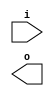
module buffer( i , o );
  input i ;
  output o ;
endmodule
module inverter( i , o );
  input i ;
  output o ;
endmodule
module top( x0 , x1 , x2 , x3 , x4 , x5 , y0 , y1 , y2 , y3 , y4 , y5 , y6 , y7 , y8 , y9 , y10 , y11 );
  input x0 , x1 , x2 , x3 , x4 , x5 ;
  output y0 , y1 , y2 , y3 , y4 , y5 , y6 , y7 , y8 , y9 , y10 , y11 ;
  wire n7 , n8 , n9 , n10 , n11 , n12 , n13 , n14 , n15 , n16 , n17 , n18 , n19 , n20 , n21 , n22 , n23 , n24 , n25 , n26 , n27 , n28 , n29 , n30 , n31 , n32 , n33 , n34 , n35 , n36 , n37 , n38 , n39 , n40 , n41 , n42 , n43 , n44 , n45 , n46 , n47 , n48 , n49 , n50 , n51 , n52 , n53 , n54 , n55 , n56 , n57 , n58 , n59 , n60 , n61 , n62 , n63 , n64 , n65 , n66 , n67 , n68 , n69 , n70 , n71 , n72 , n73 , n74 , n75 , n76 , n77 , n78 , n79 , n80 , n81 , n82 , n83 , n84 , n85 , n86 , n87 , n88 , n89 , n90 , n91 , n92 , n93 , n94 , n95 , n96 , n97 , n98 , n99 , n100 , n101 , n102 , n103 , n104 , n105 , n106 , n107 , n108 , n109 , n110 , n111 , n112 , n113 , n114 , n115 , n116 , n117 , n118 , n119 , n120 , n121 , n122 , n123 , n124 , n125 , n126 , n127 , n128 , n129 , n130 , n131 , n132 , n133 , n134 , n135 , n136 , n137 , n138 , n139 , n140 , n141 , n142 , n143 , n144 , n145 , n146 , n147 , n148 , n149 , n150 , n151 , n152 , n153 , n154 , n155 , n156 , n157 , n158 , n159 , n160 , n161 , n162 , n163 , n164 , n165 , n166 , n167 , n168 , n169 , n170 , n171 , n172 , n173 , n174 , n175 , n176 , n177 , n178 , n179 , n180 , n181 , n182 , n183 , n184 , n185 , n186 , n187 , n188 , n189 , n190 , n191 , n192 , n193 , n194 , n195 , n196 , n197 , n198 , n199 , n200 , n201 , n202 , n203 , n204 , n205 , n206 , n207 , n208 , n209 , n210 , n211 , n212 , n213 , n214 , n215 , n216 , n217 , n218 , n219 , n220 , n221 , n222 , n223 , n224 , n225 , n226 , n227 , n228 , n229 , n230 , n231 , n232 , n233 , n234 , n235 , n236 , n237 , n238 , n239 , n240 , n241 , n242 , n243 , n244 , n245 , n246 , n247 , n248 , n249 , n250 , n251 , n252 , n253 , n254 , n255 , n256 , n257 , n258 , n259 , n260 , n261 , n262 , n263 , n264 , n265 , n266 , n267 , n268 , n269 , n270 , n271 , n272 , n273 , n274 , n275 , n276 , n277 , n278 , n279 , n280 , n281 , n282 , n283 , n284 , n285 , n286 , n287 , n288 , n289 , n290 , n291 , n292 , n293 , n294 , n295 , n296 , n297 , n298 , n299 , n300 , n301 , n302 , n303 , n304 , n305 , n306 , n307 , n308 , n309 , n310 , n311 , n312 , n313 , n314 , n315 , n316 , n317 , n318 , n319 , n320 , n321 , n322 , n323 , n324 , n325 , n326 , n327 , n328 , n329 , n330 , n331 , n332 , n333 , n334 , n335 , n336 , n337 , n338 , n339 , n340 , n341 , n342 , n343 , n344 , n345 , n346 , n347 , n348 , n349 , n350 , n351 , n352 , n353 , n354 , n355 , n356 , n357 , n358 , n359 , n360 , n361 , n362 ;
  buffer buf_n7( .i (x0), .o (n7) );
  buffer buf_n8( .i (n7), .o (n8) );
  buffer buf_n9( .i (n8), .o (n9) );
  buffer buf_n10( .i (n9), .o (n10) );
  buffer buf_n11( .i (n10), .o (n11) );
  buffer buf_n12( .i (n11), .o (n12) );
  buffer buf_n13( .i (n12), .o (n13) );
  buffer buf_n14( .i (n13), .o (n14) );
  buffer buf_n15( .i (n14), .o (n15) );
  buffer buf_n16( .i (n15), .o (n16) );
  buffer buf_n17( .i (n16), .o (n17) );
  buffer buf_n18( .i (n17), .o (n18) );
  buffer buf_n19( .i (n18), .o (n19) );
  buffer buf_n20( .i (n19), .o (n20) );
  buffer buf_n21( .i (n20), .o (n21) );
  buffer buf_n22( .i (n21), .o (n22) );
  buffer buf_n23( .i (n22), .o (n23) );
  buffer buf_n24( .i (n23), .o (n24) );
  buffer buf_n25( .i (x1), .o (n25) );
  buffer buf_n26( .i (n25), .o (n26) );
  buffer buf_n27( .i (n26), .o (n27) );
  buffer buf_n28( .i (n27), .o (n28) );
  buffer buf_n29( .i (n28), .o (n29) );
  buffer buf_n30( .i (n29), .o (n30) );
  buffer buf_n31( .i (n30), .o (n31) );
  buffer buf_n32( .i (n31), .o (n32) );
  buffer buf_n33( .i (n32), .o (n33) );
  buffer buf_n34( .i (n33), .o (n34) );
  buffer buf_n35( .i (n34), .o (n35) );
  buffer buf_n36( .i (n35), .o (n36) );
  buffer buf_n37( .i (n36), .o (n37) );
  buffer buf_n38( .i (n37), .o (n38) );
  buffer buf_n39( .i (n38), .o (n39) );
  buffer buf_n40( .i (n39), .o (n40) );
  buffer buf_n41( .i (n40), .o (n41) );
  buffer buf_n77( .i (x4), .o (n77) );
  buffer buf_n78( .i (n77), .o (n78) );
  buffer buf_n79( .i (n78), .o (n79) );
  buffer buf_n80( .i (n79), .o (n80) );
  buffer buf_n81( .i (n80), .o (n81) );
  buffer buf_n82( .i (n81), .o (n82) );
  buffer buf_n83( .i (n82), .o (n83) );
  buffer buf_n84( .i (n83), .o (n84) );
  buffer buf_n85( .i (n84), .o (n85) );
  buffer buf_n86( .i (n85), .o (n86) );
  buffer buf_n87( .i (n86), .o (n87) );
  buffer buf_n88( .i (n87), .o (n88) );
  buffer buf_n89( .i (n88), .o (n89) );
  buffer buf_n90( .i (n89), .o (n90) );
  buffer buf_n91( .i (n90), .o (n91) );
  buffer buf_n92( .i (n91), .o (n92) );
  buffer buf_n93( .i (n92), .o (n93) );
  buffer buf_n42( .i (x2), .o (n42) );
  buffer buf_n43( .i (n42), .o (n43) );
  buffer buf_n44( .i (n43), .o (n44) );
  buffer buf_n45( .i (n44), .o (n45) );
  buffer buf_n46( .i (n45), .o (n46) );
  buffer buf_n47( .i (n46), .o (n47) );
  buffer buf_n48( .i (n47), .o (n48) );
  buffer buf_n49( .i (n48), .o (n49) );
  buffer buf_n59( .i (x3), .o (n59) );
  buffer buf_n60( .i (n59), .o (n60) );
  buffer buf_n61( .i (n60), .o (n61) );
  buffer buf_n62( .i (n61), .o (n62) );
  buffer buf_n63( .i (n62), .o (n63) );
  buffer buf_n64( .i (n63), .o (n64) );
  buffer buf_n65( .i (n64), .o (n65) );
  buffer buf_n66( .i (n65), .o (n66) );
  assign n113 = ( n32 & n49 ) | ( n32 & n66 ) | ( n49 & n66 ) ;
  buffer buf_n114( .i (n113), .o (n114) );
  buffer buf_n115( .i (n114), .o (n115) );
  buffer buf_n116( .i (n115), .o (n116) );
  buffer buf_n117( .i (n116), .o (n117) );
  buffer buf_n118( .i (n117), .o (n118) );
  buffer buf_n119( .i (n118), .o (n119) );
  buffer buf_n120( .i (n119), .o (n120) );
  assign n121 = n92 & ~n120 ;
  assign n122 = ( n41 & n93 ) | ( n41 & ~n121 ) | ( n93 & ~n121 ) ;
  assign n123 = n24 & n122 ;
  buffer buf_n50( .i (n49), .o (n50) );
  buffer buf_n51( .i (n50), .o (n51) );
  buffer buf_n52( .i (n51), .o (n52) );
  assign n124 = n35 & ~n52 ;
  buffer buf_n125( .i (n124), .o (n125) );
  buffer buf_n126( .i (n125), .o (n126) );
  buffer buf_n127( .i (n126), .o (n127) );
  buffer buf_n128( .i (n127), .o (n128) );
  buffer buf_n129( .i (n128), .o (n129) );
  buffer buf_n53( .i (n52), .o (n53) );
  buffer buf_n54( .i (n53), .o (n54) );
  buffer buf_n55( .i (n54), .o (n55) );
  buffer buf_n67( .i (n66), .o (n67) );
  buffer buf_n68( .i (n67), .o (n68) );
  buffer buf_n69( .i (n68), .o (n69) );
  buffer buf_n70( .i (n69), .o (n70) );
  buffer buf_n71( .i (n70), .o (n71) );
  buffer buf_n72( .i (n71), .o (n72) );
  assign n130 = n71 & ~n89 ;
  assign n131 = ( n55 & ~n72 ) | ( n55 & n130 ) | ( ~n72 & n130 ) ;
  buffer buf_n132( .i (n131), .o (n132) );
  buffer buf_n133( .i (n132), .o (n133) );
  buffer buf_n56( .i (n55), .o (n56) );
  buffer buf_n57( .i (n56), .o (n57) );
  assign n134 = ( ~n40 & n57 ) | ( ~n40 & n132 ) | ( n57 & n132 ) ;
  assign n135 = ( n129 & ~n133 ) | ( n129 & n134 ) | ( ~n133 & n134 ) ;
  assign n136 = n24 & ~n135 ;
  assign n137 = ( n20 & n72 ) | ( n20 & n90 ) | ( n72 & n90 ) ;
  buffer buf_n94( .i (x5), .o (n94) );
  buffer buf_n95( .i (n94), .o (n95) );
  buffer buf_n96( .i (n95), .o (n96) );
  assign n138 = ( n9 & n61 ) | ( n9 & ~n96 ) | ( n61 & ~n96 ) ;
  buffer buf_n139( .i (n138), .o (n139) );
  buffer buf_n140( .i (n139), .o (n140) );
  buffer buf_n141( .i (n140), .o (n141) );
  buffer buf_n142( .i (n141), .o (n142) );
  buffer buf_n143( .i (n142), .o (n143) );
  buffer buf_n144( .i (n143), .o (n144) );
  buffer buf_n145( .i (n144), .o (n145) );
  buffer buf_n146( .i (n145), .o (n146) );
  buffer buf_n147( .i (n146), .o (n147) );
  buffer buf_n148( .i (n147), .o (n148) );
  buffer buf_n149( .i (n148), .o (n149) );
  assign n150 = n137 & ~n149 ;
  buffer buf_n151( .i (n150), .o (n151) );
  buffer buf_n152( .i (n151), .o (n152) );
  assign n153 = n51 & ~n86 ;
  assign n154 = n69 & n153 ;
  buffer buf_n155( .i (n154), .o (n155) );
  buffer buf_n156( .i (n155), .o (n156) );
  assign n157 = n31 | n65 ;
  buffer buf_n158( .i (n157), .o (n158) );
  assign n159 = ( n15 & ~n50 ) | ( n15 & n158 ) | ( ~n50 & n158 ) ;
  assign n160 = ( n15 & n67 ) | ( n15 & ~n158 ) | ( n67 & ~n158 ) ;
  assign n161 = ( n34 & ~n159 ) | ( n34 & n160 ) | ( ~n159 & n160 ) ;
  buffer buf_n162( .i (n161), .o (n162) );
  buffer buf_n163( .i (n162), .o (n163) );
  buffer buf_n164( .i (n163), .o (n164) );
  assign n165 = ( n18 & ~n36 ) | ( n18 & n162 ) | ( ~n36 & n162 ) ;
  assign n166 = n155 & ~n165 ;
  assign n167 = ( n156 & n164 ) | ( n156 & ~n166 ) | ( n164 & ~n166 ) ;
  buffer buf_n168( .i (n167), .o (n168) );
  buffer buf_n169( .i (n168), .o (n169) );
  buffer buf_n170( .i (n169), .o (n170) );
  assign n171 = ( n40 & ~n57 ) | ( n40 & n168 ) | ( ~n57 & n168 ) ;
  assign n172 = n151 & ~n171 ;
  assign n173 = ( n152 & n170 ) | ( n152 & ~n172 ) | ( n170 & ~n172 ) ;
  buffer buf_n97( .i (n96), .o (n97) );
  buffer buf_n98( .i (n97), .o (n98) );
  buffer buf_n99( .i (n98), .o (n99) );
  buffer buf_n100( .i (n99), .o (n100) );
  buffer buf_n101( .i (n100), .o (n101) );
  buffer buf_n102( .i (n101), .o (n102) );
  buffer buf_n103( .i (n102), .o (n103) );
  buffer buf_n104( .i (n103), .o (n104) );
  buffer buf_n105( .i (n104), .o (n105) );
  assign n174 = ( n34 & ~n68 ) | ( n34 & n103 ) | ( ~n68 & n103 ) ;
  buffer buf_n175( .i (n174), .o (n175) );
  assign n176 = ( n53 & ~n105 ) | ( n53 & n175 ) | ( ~n105 & n175 ) ;
  assign n177 = ( n36 & n53 ) | ( n36 & ~n175 ) | ( n53 & ~n175 ) ;
  assign n178 = n176 & ~n177 ;
  assign n179 = n20 & ~n178 ;
  assign n180 = ~n51 & n68 ;
  buffer buf_n181( .i (n180), .o (n181) );
  assign n188 = ~n105 & n181 ;
  assign n189 = n37 & n188 ;
  assign n190 = n20 | n189 ;
  assign n191 = ~n179 & n190 ;
  buffer buf_n192( .i (n191), .o (n192) );
  buffer buf_n193( .i (n192), .o (n193) );
  assign n194 = ~n93 & n192 ;
  assign n195 = ( n15 & ~n50 ) | ( n15 & n67 ) | ( ~n50 & n67 ) ;
  buffer buf_n196( .i (n195), .o (n196) );
  assign n201 = ( ~n17 & n35 ) | ( ~n17 & n196 ) | ( n35 & n196 ) ;
  buffer buf_n202( .i (n201), .o (n202) );
  buffer buf_n203( .i (n202), .o (n203) );
  buffer buf_n204( .i (n203), .o (n204) );
  buffer buf_n205( .i (n204), .o (n205) );
  assign n206 = ( ~n54 & n71 ) | ( ~n54 & n202 ) | ( n71 & n202 ) ;
  buffer buf_n207( .i (n206), .o (n207) );
  buffer buf_n208( .i (n207), .o (n208) );
  buffer buf_n197( .i (n196), .o (n197) );
  buffer buf_n198( .i (n197), .o (n198) );
  buffer buf_n199( .i (n198), .o (n199) );
  buffer buf_n200( .i (n199), .o (n200) );
  assign n209 = ~n200 & n207 ;
  assign n210 = ( ~n205 & n208 ) | ( ~n205 & n209 ) | ( n208 & n209 ) ;
  assign n211 = ( n33 & ~n50 ) | ( n33 & n67 ) | ( ~n50 & n67 ) ;
  buffer buf_n212( .i (n211), .o (n212) );
  assign n215 = n34 & n86 ;
  assign n216 = ( n69 & ~n212 ) | ( n69 & n215 ) | ( ~n212 & n215 ) ;
  buffer buf_n217( .i (n216), .o (n217) );
  buffer buf_n218( .i (n217), .o (n218) );
  buffer buf_n213( .i (n212), .o (n213) );
  buffer buf_n214( .i (n213), .o (n214) );
  assign n219 = ( ~n89 & n214 ) | ( ~n89 & n217 ) | ( n214 & n217 ) ;
  assign n220 = ( ~n72 & n218 ) | ( ~n72 & n219 ) | ( n218 & n219 ) ;
  assign n221 = n21 & ~n220 ;
  buffer buf_n182( .i (n181), .o (n182) );
  assign n222 = ~n89 & n182 ;
  assign n223 = n38 & n222 ;
  assign n224 = n21 | n223 ;
  assign n225 = ~n221 & n224 ;
  assign n226 = n210 | n225 ;
  assign n227 = ( n193 & ~n194 ) | ( n193 & n226 ) | ( ~n194 & n226 ) ;
  buffer buf_n228( .i (n49), .o (n228) );
  assign n229 = ( n33 & ~n102 ) | ( n33 & n228 ) | ( ~n102 & n228 ) ;
  assign n230 = n114 | n229 ;
  buffer buf_n231( .i (n230), .o (n231) );
  buffer buf_n232( .i (n231), .o (n232) );
  assign n233 = n105 & n231 ;
  assign n234 = ( ~n117 & n232 ) | ( ~n117 & n233 ) | ( n232 & n233 ) ;
  assign n235 = n90 & ~n234 ;
  assign n236 = ~n69 & n104 ;
  buffer buf_n237( .i (n104), .o (n237) );
  assign n238 = ( n36 & n236 ) | ( n36 & n237 ) | ( n236 & n237 ) ;
  assign n239 = n54 & n238 ;
  assign n240 = n90 | n239 ;
  assign n241 = ~n235 & n240 ;
  buffer buf_n242( .i (n241), .o (n242) );
  buffer buf_n243( .i (n242), .o (n243) );
  assign n244 = ~n23 & n242 ;
  buffer buf_n106( .i (n105), .o (n106) );
  buffer buf_n107( .i (n106), .o (n107) );
  buffer buf_n245( .i (n88), .o (n245) );
  buffer buf_n246( .i (n245), .o (n246) );
  assign n247 = ~n107 & n246 ;
  buffer buf_n248( .i (n247), .o (n248) );
  buffer buf_n73( .i (n72), .o (n73) );
  assign n252 = ~n19 & n37 ;
  assign n253 = ~n55 & n252 ;
  assign n254 = n73 & n253 ;
  assign n255 = n248 & n254 ;
  buffer buf_n256( .i (n33), .o (n256) );
  assign n257 = ( n16 & n51 ) | ( n16 & ~n256 ) | ( n51 & ~n256 ) ;
  buffer buf_n258( .i (n257), .o (n258) );
  buffer buf_n259( .i (n258), .o (n259) );
  assign n260 = n54 | n259 ;
  assign n261 = ( n18 & ~n70 ) | ( n18 & n258 ) | ( ~n70 & n258 ) ;
  buffer buf_n262( .i (n53), .o (n262) );
  assign n263 = n261 & n262 ;
  assign n264 = n260 & ~n263 ;
  assign n265 = n91 & ~n264 ;
  buffer buf_n266( .i (n35), .o (n266) );
  buffer buf_n267( .i (n52), .o (n267) );
  assign n268 = n266 | n267 ;
  assign n269 = ( ~n37 & n125 ) | ( ~n37 & n268 ) | ( n125 & n268 ) ;
  buffer buf_n270( .i (n71), .o (n270) );
  assign n271 = n269 & n270 ;
  assign n272 = n91 | n271 ;
  assign n273 = ~n265 & n272 ;
  assign n274 = n255 | n273 ;
  assign n275 = ( n243 & ~n244 ) | ( n243 & n274 ) | ( ~n244 & n274 ) ;
  assign n276 = n70 | n267 ;
  buffer buf_n277( .i (n276), .o (n277) );
  buffer buf_n279( .i (n19), .o (n279) );
  assign n280 = ( ~n55 & n277 ) | ( ~n55 & n279 ) | ( n277 & n279 ) ;
  assign n281 = ( ~n38 & n277 ) | ( ~n38 & n279 ) | ( n277 & n279 ) ;
  assign n282 = ( n127 & ~n280 ) | ( n127 & n281 ) | ( ~n280 & n281 ) ;
  buffer buf_n283( .i (n282), .o (n283) );
  buffer buf_n284( .i (n283), .o (n284) );
  assign n285 = ~n93 & n283 ;
  buffer buf_n286( .i (n70), .o (n286) );
  assign n287 = n262 & ~n286 ;
  buffer buf_n288( .i (n287), .o (n288) );
  assign n289 = ( n21 & ~n91 ) | ( n21 & n288 ) | ( ~n91 & n288 ) ;
  assign n290 = ~n22 & n289 ;
  assign n291 = ( n13 & ~n65 ) | ( n13 & n100 ) | ( ~n65 & n100 ) ;
  assign n292 = ( ~n32 & n101 ) | ( ~n32 & n291 ) | ( n101 & n291 ) ;
  buffer buf_n293( .i (n292), .o (n293) );
  assign n296 = n103 & ~n293 ;
  buffer buf_n297( .i (n296), .o (n297) );
  buffer buf_n298( .i (n297), .o (n298) );
  buffer buf_n294( .i (n293), .o (n294) );
  buffer buf_n295( .i (n294), .o (n295) );
  assign n299 = n295 | n297 ;
  assign n300 = ( ~n106 & n298 ) | ( ~n106 & n299 ) | ( n298 & n299 ) ;
  buffer buf_n301( .i (n300), .o (n301) );
  buffer buf_n302( .i (n301), .o (n302) );
  assign n303 = ~n56 & n301 ;
  assign n304 = n237 & ~n267 ;
  buffer buf_n305( .i (n266), .o (n305) );
  assign n306 = ( n19 & n304 ) | ( n19 & n305 ) | ( n304 & n305 ) ;
  assign n307 = ~n38 & n306 ;
  assign n308 = ( n46 & n98 ) | ( n46 & n139 ) | ( n98 & n139 ) ;
  buffer buf_n309( .i (n308), .o (n309) );
  buffer buf_n310( .i (n309), .o (n310) );
  buffer buf_n311( .i (n310), .o (n311) );
  buffer buf_n312( .i (n311), .o (n312) );
  assign n313 = ( n13 & n65 ) | ( n13 & n309 ) | ( n65 & n309 ) ;
  buffer buf_n314( .i (n313), .o (n314) );
  buffer buf_n315( .i (n314), .o (n315) );
  assign n316 = n143 & ~n314 ;
  assign n317 = ( n312 & ~n315 ) | ( n312 & n316 ) | ( ~n315 & n316 ) ;
  assign n318 = n87 & ~n317 ;
  assign n319 = n49 | n101 ;
  buffer buf_n320( .i (n64), .o (n320) );
  assign n321 = n100 | n320 ;
  buffer buf_n322( .i (n48), .o (n322) );
  assign n323 = ~n321 & n322 ;
  assign n324 = ( ~n228 & n319 ) | ( ~n228 & n323 ) | ( n319 & n323 ) ;
  assign n325 = n16 & n324 ;
  assign n326 = n87 | n325 ;
  assign n327 = ~n318 & n326 ;
  assign n328 = n305 & ~n327 ;
  buffer buf_n329( .i (n228), .o (n329) );
  assign n330 = ( n86 & n103 ) | ( n86 & n329 ) | ( n103 & n329 ) ;
  buffer buf_n331( .i (n85), .o (n331) );
  buffer buf_n332( .i (n102), .o (n332) );
  assign n333 = ( ~n68 & n331 ) | ( ~n68 & n332 ) | ( n331 & n332 ) ;
  assign n334 = n330 & ~n333 ;
  assign n335 = n18 & n334 ;
  assign n336 = n305 | n335 ;
  assign n337 = ~n328 & n336 ;
  assign n338 = n307 | n337 ;
  assign n339 = ( n302 & ~n303 ) | ( n302 & n338 ) | ( ~n303 & n338 ) ;
  assign n340 = n290 | n339 ;
  assign n341 = ( n284 & ~n285 ) | ( n284 & n340 ) | ( ~n285 & n340 ) ;
  buffer buf_n108( .i (n107), .o (n108) );
  buffer buf_n109( .i (n108), .o (n109) );
  buffer buf_n110( .i (n109), .o (n110) );
  assign n342 = ( n245 & n262 ) | ( n245 & n286 ) | ( n262 & n286 ) ;
  buffer buf_n343( .i (n342), .o (n343) );
  assign n344 = n39 & ~n343 ;
  assign n345 = ~n39 & n343 ;
  assign n346 = n344 | n345 ;
  assign n347 = n110 & ~n346 ;
  buffer buf_n278( .i (n277), .o (n278) );
  assign n348 = ( ~n56 & n278 ) | ( ~n56 & n288 ) | ( n278 & n288 ) ;
  assign n349 = n92 & n348 ;
  assign n350 = n110 | n349 ;
  assign n351 = ~n347 & n350 ;
  buffer buf_n183( .i (n182), .o (n183) );
  buffer buf_n184( .i (n183), .o (n184) );
  buffer buf_n185( .i (n184), .o (n185) );
  buffer buf_n186( .i (n185), .o (n186) );
  buffer buf_n187( .i (n186), .o (n187) );
  buffer buf_n58( .i (n57), .o (n58) );
  buffer buf_n74( .i (n73), .o (n74) );
  buffer buf_n75( .i (n74), .o (n75) );
  assign n352 = ( n58 & n75 ) | ( n58 & n110 ) | ( n75 & n110 ) ;
  assign n353 = n74 & n92 ;
  buffer buf_n354( .i (n109), .o (n354) );
  assign n355 = ( n75 & n353 ) | ( n75 & n354 ) | ( n353 & n354 ) ;
  assign n356 = ( n187 & n352 ) | ( n187 & ~n355 ) | ( n352 & ~n355 ) ;
  buffer buf_n76( .i (n75), .o (n76) );
  buffer buf_n357( .i (n246), .o (n357) );
  assign n358 = ( n73 & n108 ) | ( n73 & n357 ) | ( n108 & n357 ) ;
  buffer buf_n359( .i (n358), .o (n359) );
  buffer buf_n360( .i (n359), .o (n360) );
  assign n361 = ~n93 & n359 ;
  assign n362 = ( ~n76 & n360 ) | ( ~n76 & n361 ) | ( n360 & n361 ) ;
  buffer buf_n249( .i (n248), .o (n249) );
  buffer buf_n250( .i (n249), .o (n250) );
  buffer buf_n251( .i (n250), .o (n251) );
  buffer buf_n111( .i (n110), .o (n111) );
  buffer buf_n112( .i (n111), .o (n112) );
  assign y0 = n123 ;
  assign y1 = n136 ;
  assign y2 = n173 ;
  assign y3 = n227 ;
  assign y4 = n275 ;
  assign y5 = n341 ;
  assign y6 = n351 ;
  assign y7 = n356 ;
  assign y8 = n362 ;
  assign y9 = n251 ;
  assign y10 = 1'b0 ;
  assign y11 = n112 ;
endmodule